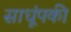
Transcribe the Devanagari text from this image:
साधूंपकी